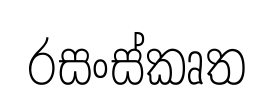
රසංස්කෘත